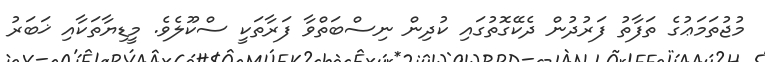
މުޖުތަމަޢުގެ ތަފާތު ފަރުދުން ދެކޭގޮތުގައި ކުދިން ނިސްބަތްވާ ފަރާތަކީ ސްކޫލެވެ. މީޑިޔާތަކާއި ޚަބަރު